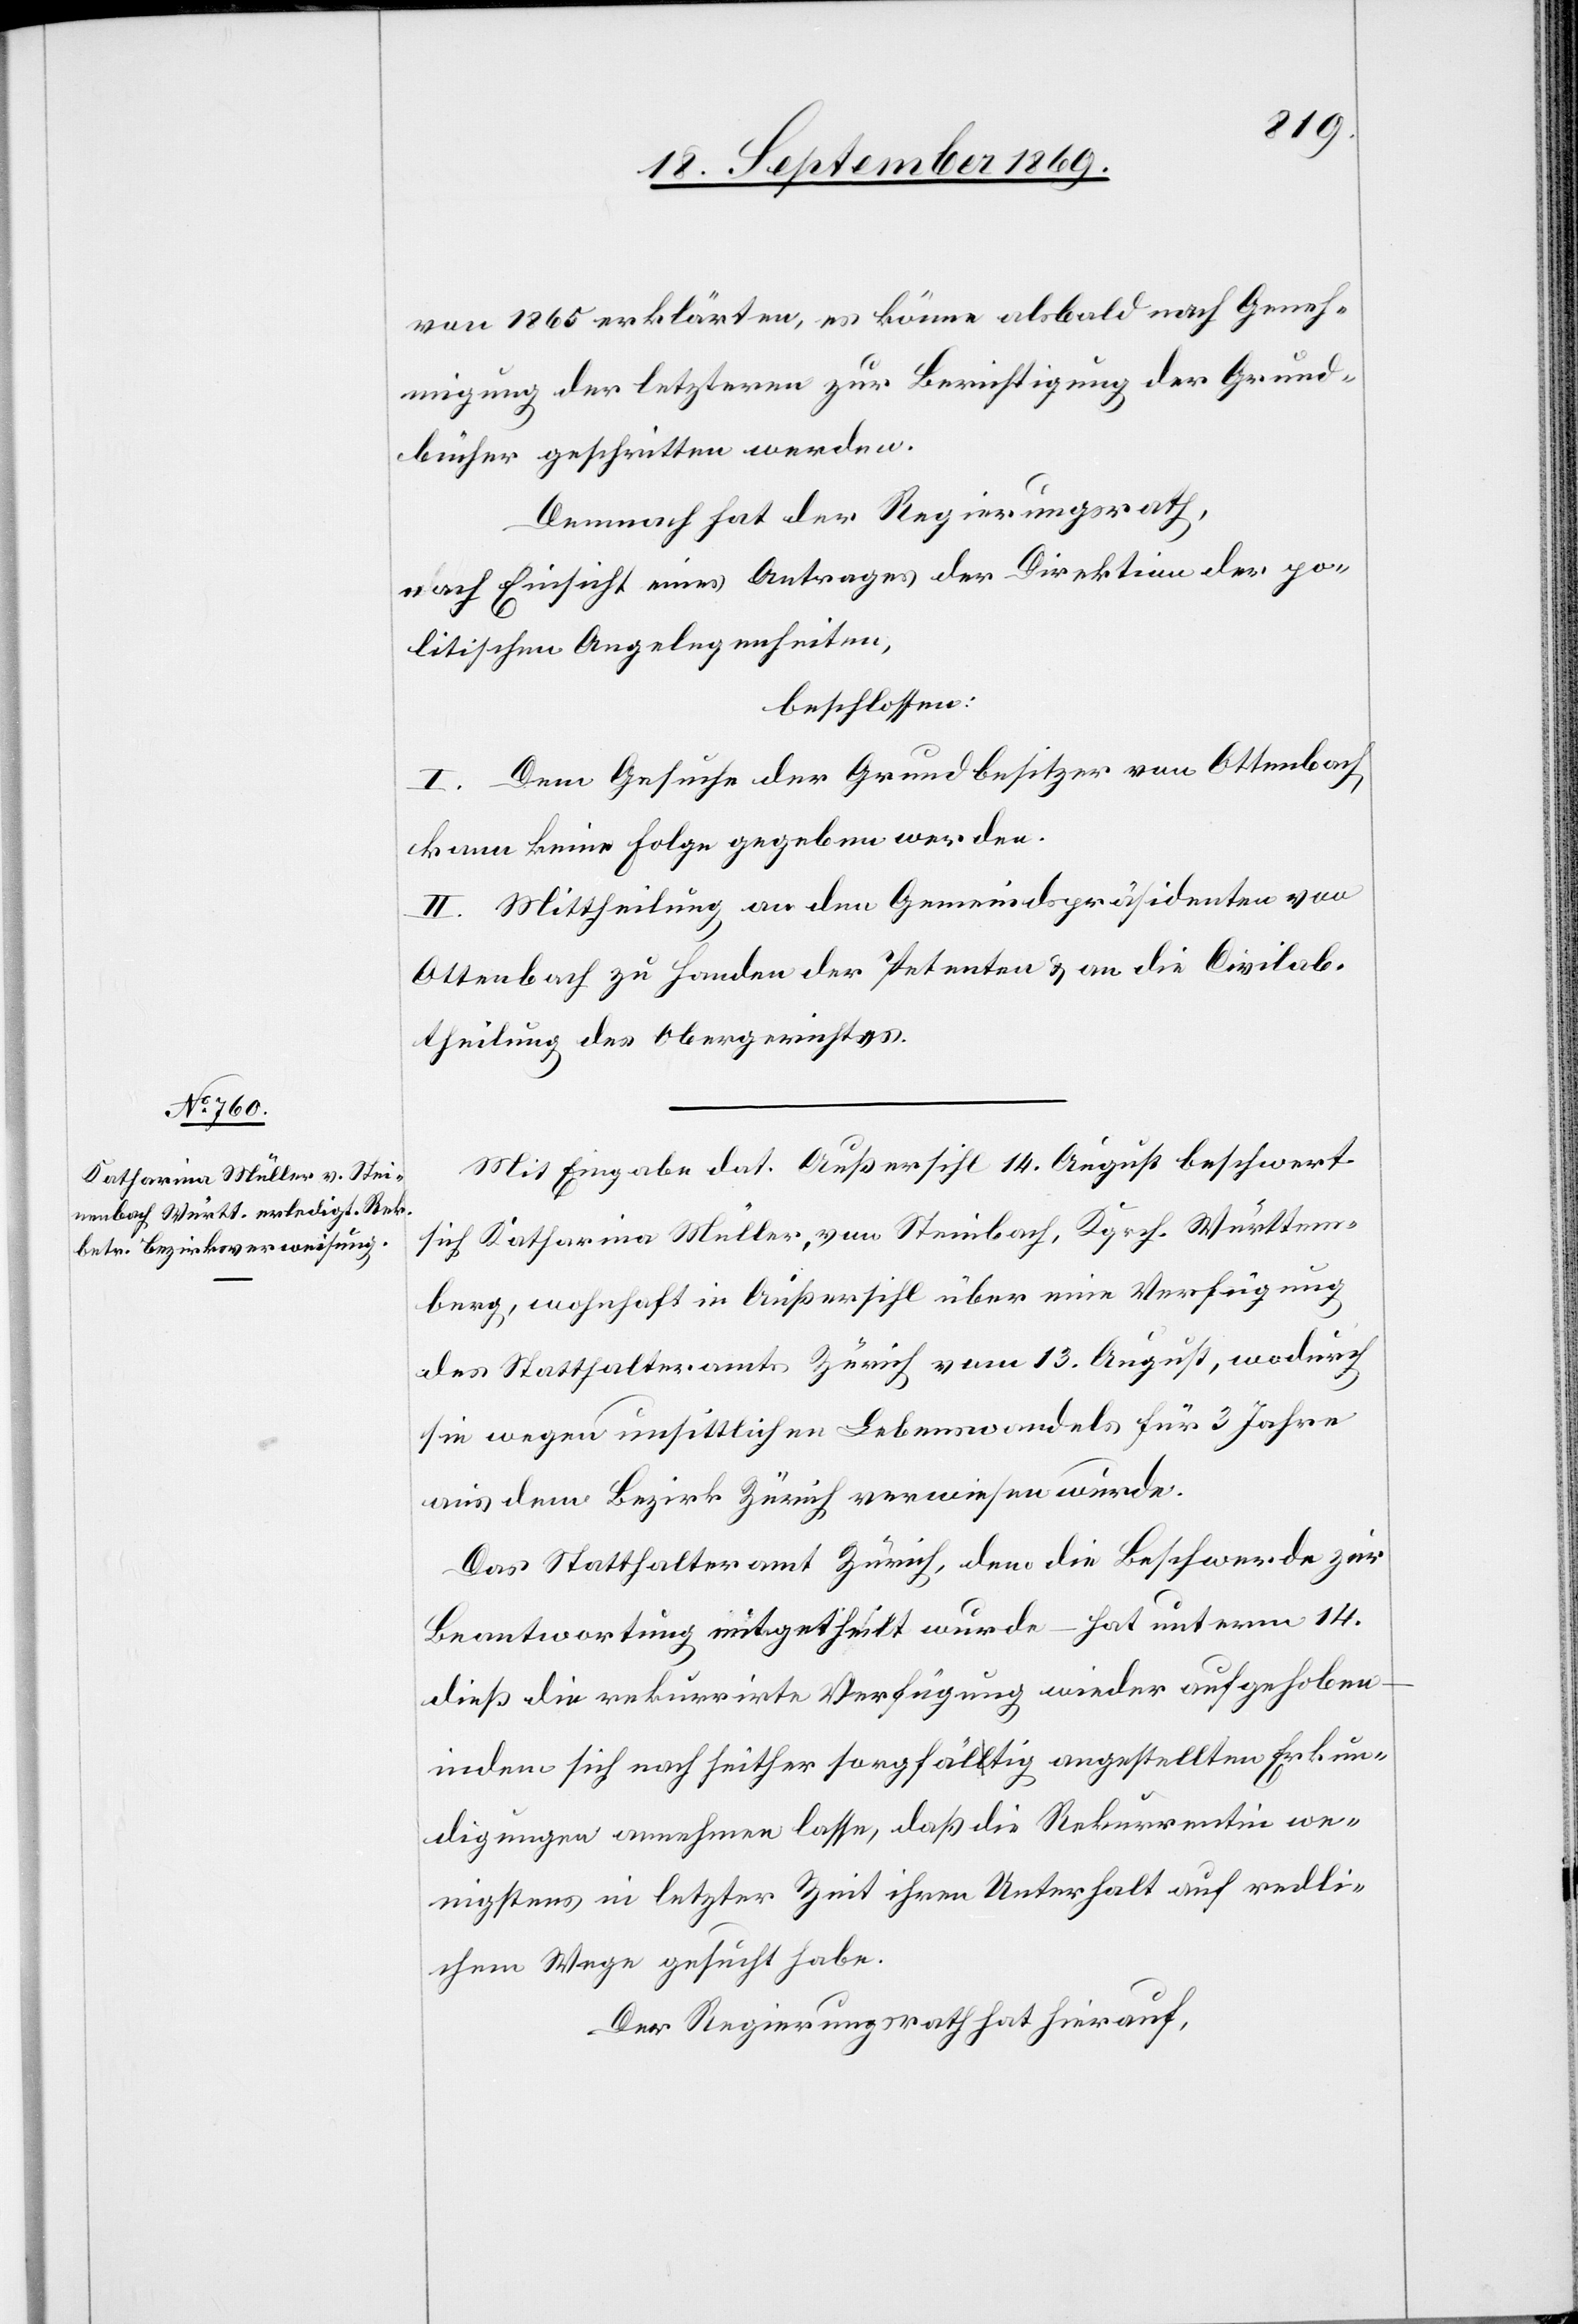
von 1865 erklärten, es könne alsbald nach Geneh¬
migung der letzteren zur Berichtigung der Grund¬
bücher geschritten werden.
Demnach hat der Regierungsrath,
nach Einsicht eines Antrages der Direktion der po¬
litischen Angelegenheiten,
beschlossen:
I. Dem Gesuche der Grundbesitzer von Ottenbach
kann keine Folge gegeben werden.
II. Mittheilung an den Gemeindspräsidenten von
Ottenbach zu Handen der Petenten & an die Civilab¬
theilung des Obergerichtes.
Mit Eingabe dat. Außersihl 14. August beschwert
sich Katharina Müller, von Steinbach, Kgrch. Württem¬
berg, wohnhaft in Außersihl über eine Verfügung
des Statthalteramts Zürich vom 13. August, wodurch
sie wegen unsittlichen Lebenswandels für 3 Jahre
aus dem Bezirk Zürich verwiesen wurde.
Das Statthalteramt Zürich, dem die Beschwerde zur
Beantwortung mitgetheilt wurde – hat unterm 14.
dieß die rekurrirte Verfügung wieder aufgehoben
indem sich nach seither sorgfältig angestellten Erkun¬
digungen annehmen lasse, daß die Rekurrentin we¬
nigstens in letzter Zeit ihren Unterhalt auf redli¬
chem Wege gesucht habe.
Der Regierungsrath hat hierauf,